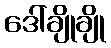
ဒေါ်ချိုချို